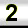
Digit: 2